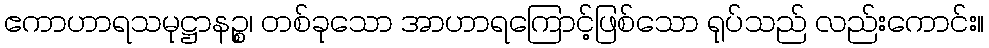
ဧကာဟာရသမုဋ္ဌာနဉ္စ၊ တစ်ခုသော အာဟာရကြောင့်ဖြစ်သော ရုပ်သည် လည်းကောင်း။